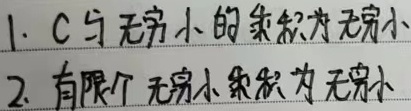
1. \(C\) 与无穷小的乘积为无穷小。
2. 有限个无穷小乘积为无穷小。